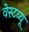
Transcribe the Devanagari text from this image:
वेस्टव्यू